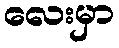
လေးမှာ